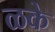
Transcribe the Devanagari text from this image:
ळके